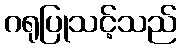
ဂရုပြုသင့်သည်